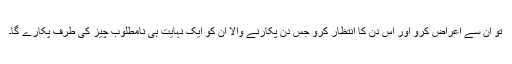
تو ان سے اعراض کرو اور اس دن کا انتظار کرو جس دن پکارنے والا ان کو ایک نہایت ہی نامطلوب چیز کی طرف پکارے گا۔